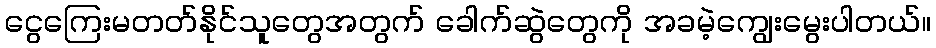
ငွေကြေးမတတ်နိုင်သူတွေအတွက် ခေါက်ဆွဲတွေကို အခမဲ့ကျွေးမွေးပါတယ်။